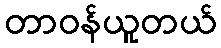
တာဝန်ယူတယ်